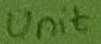
Text: Unit